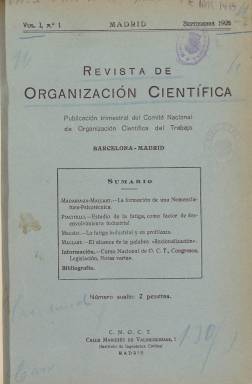
Título: Revista de organización científica
Colección: Economía
Ámbito geográfico: Madrid
Lugar de publicación: Madrid
Fechas: 01/09/1928-30/06/1936